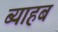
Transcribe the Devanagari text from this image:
ब्याहब